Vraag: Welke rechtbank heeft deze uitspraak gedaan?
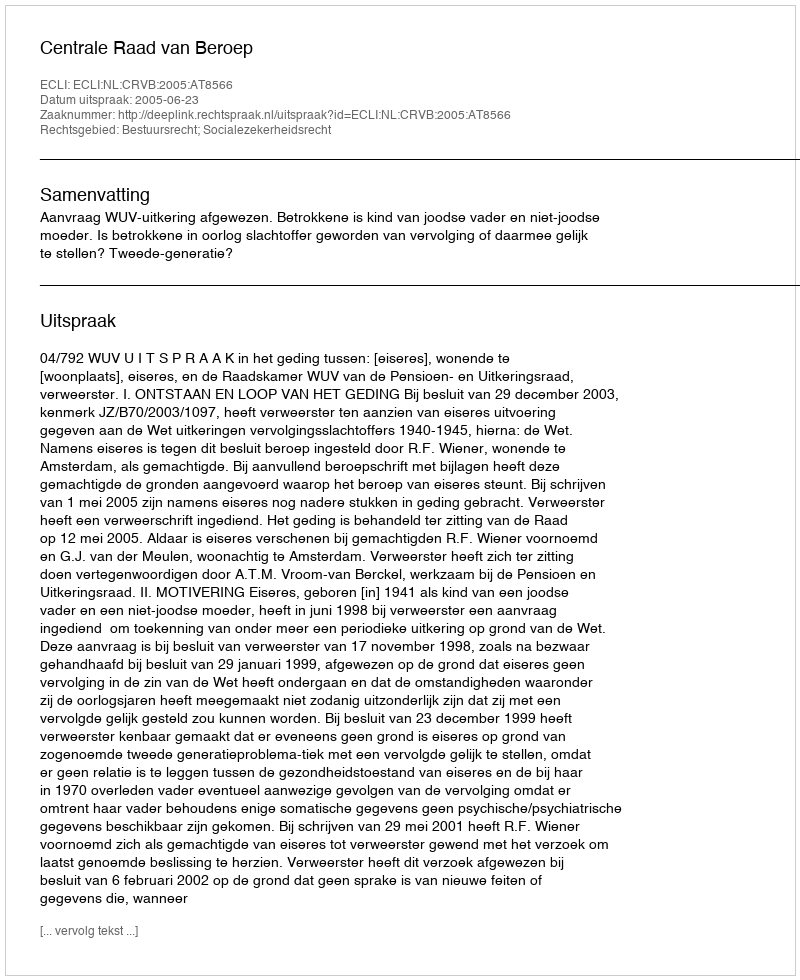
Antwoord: Centrale Raad van Beroep